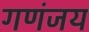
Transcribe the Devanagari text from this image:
गणंजय